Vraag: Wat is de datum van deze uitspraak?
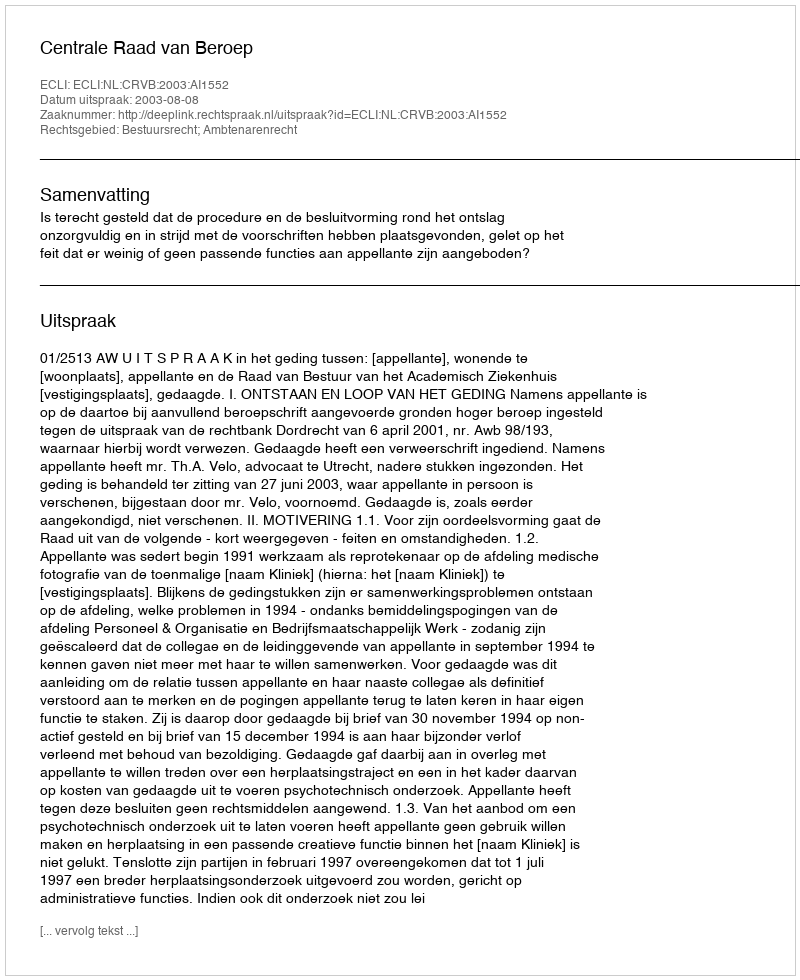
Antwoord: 2003-08-08